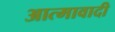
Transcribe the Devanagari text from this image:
आत्मावादी